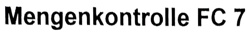
Text: Mengenkontrolle FC 7